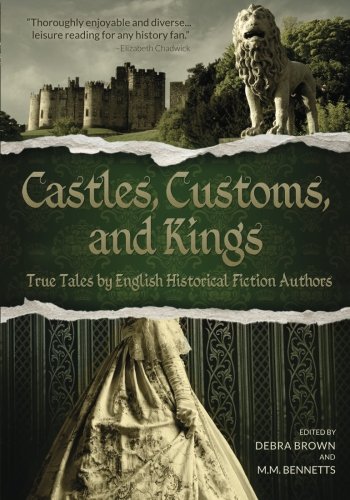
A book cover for Castles, Customs, and Kings: True Tales by English Historical Fiction Authors; History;